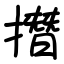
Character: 撍